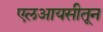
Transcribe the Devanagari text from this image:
एलआयसीतून